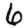
Digit: 6